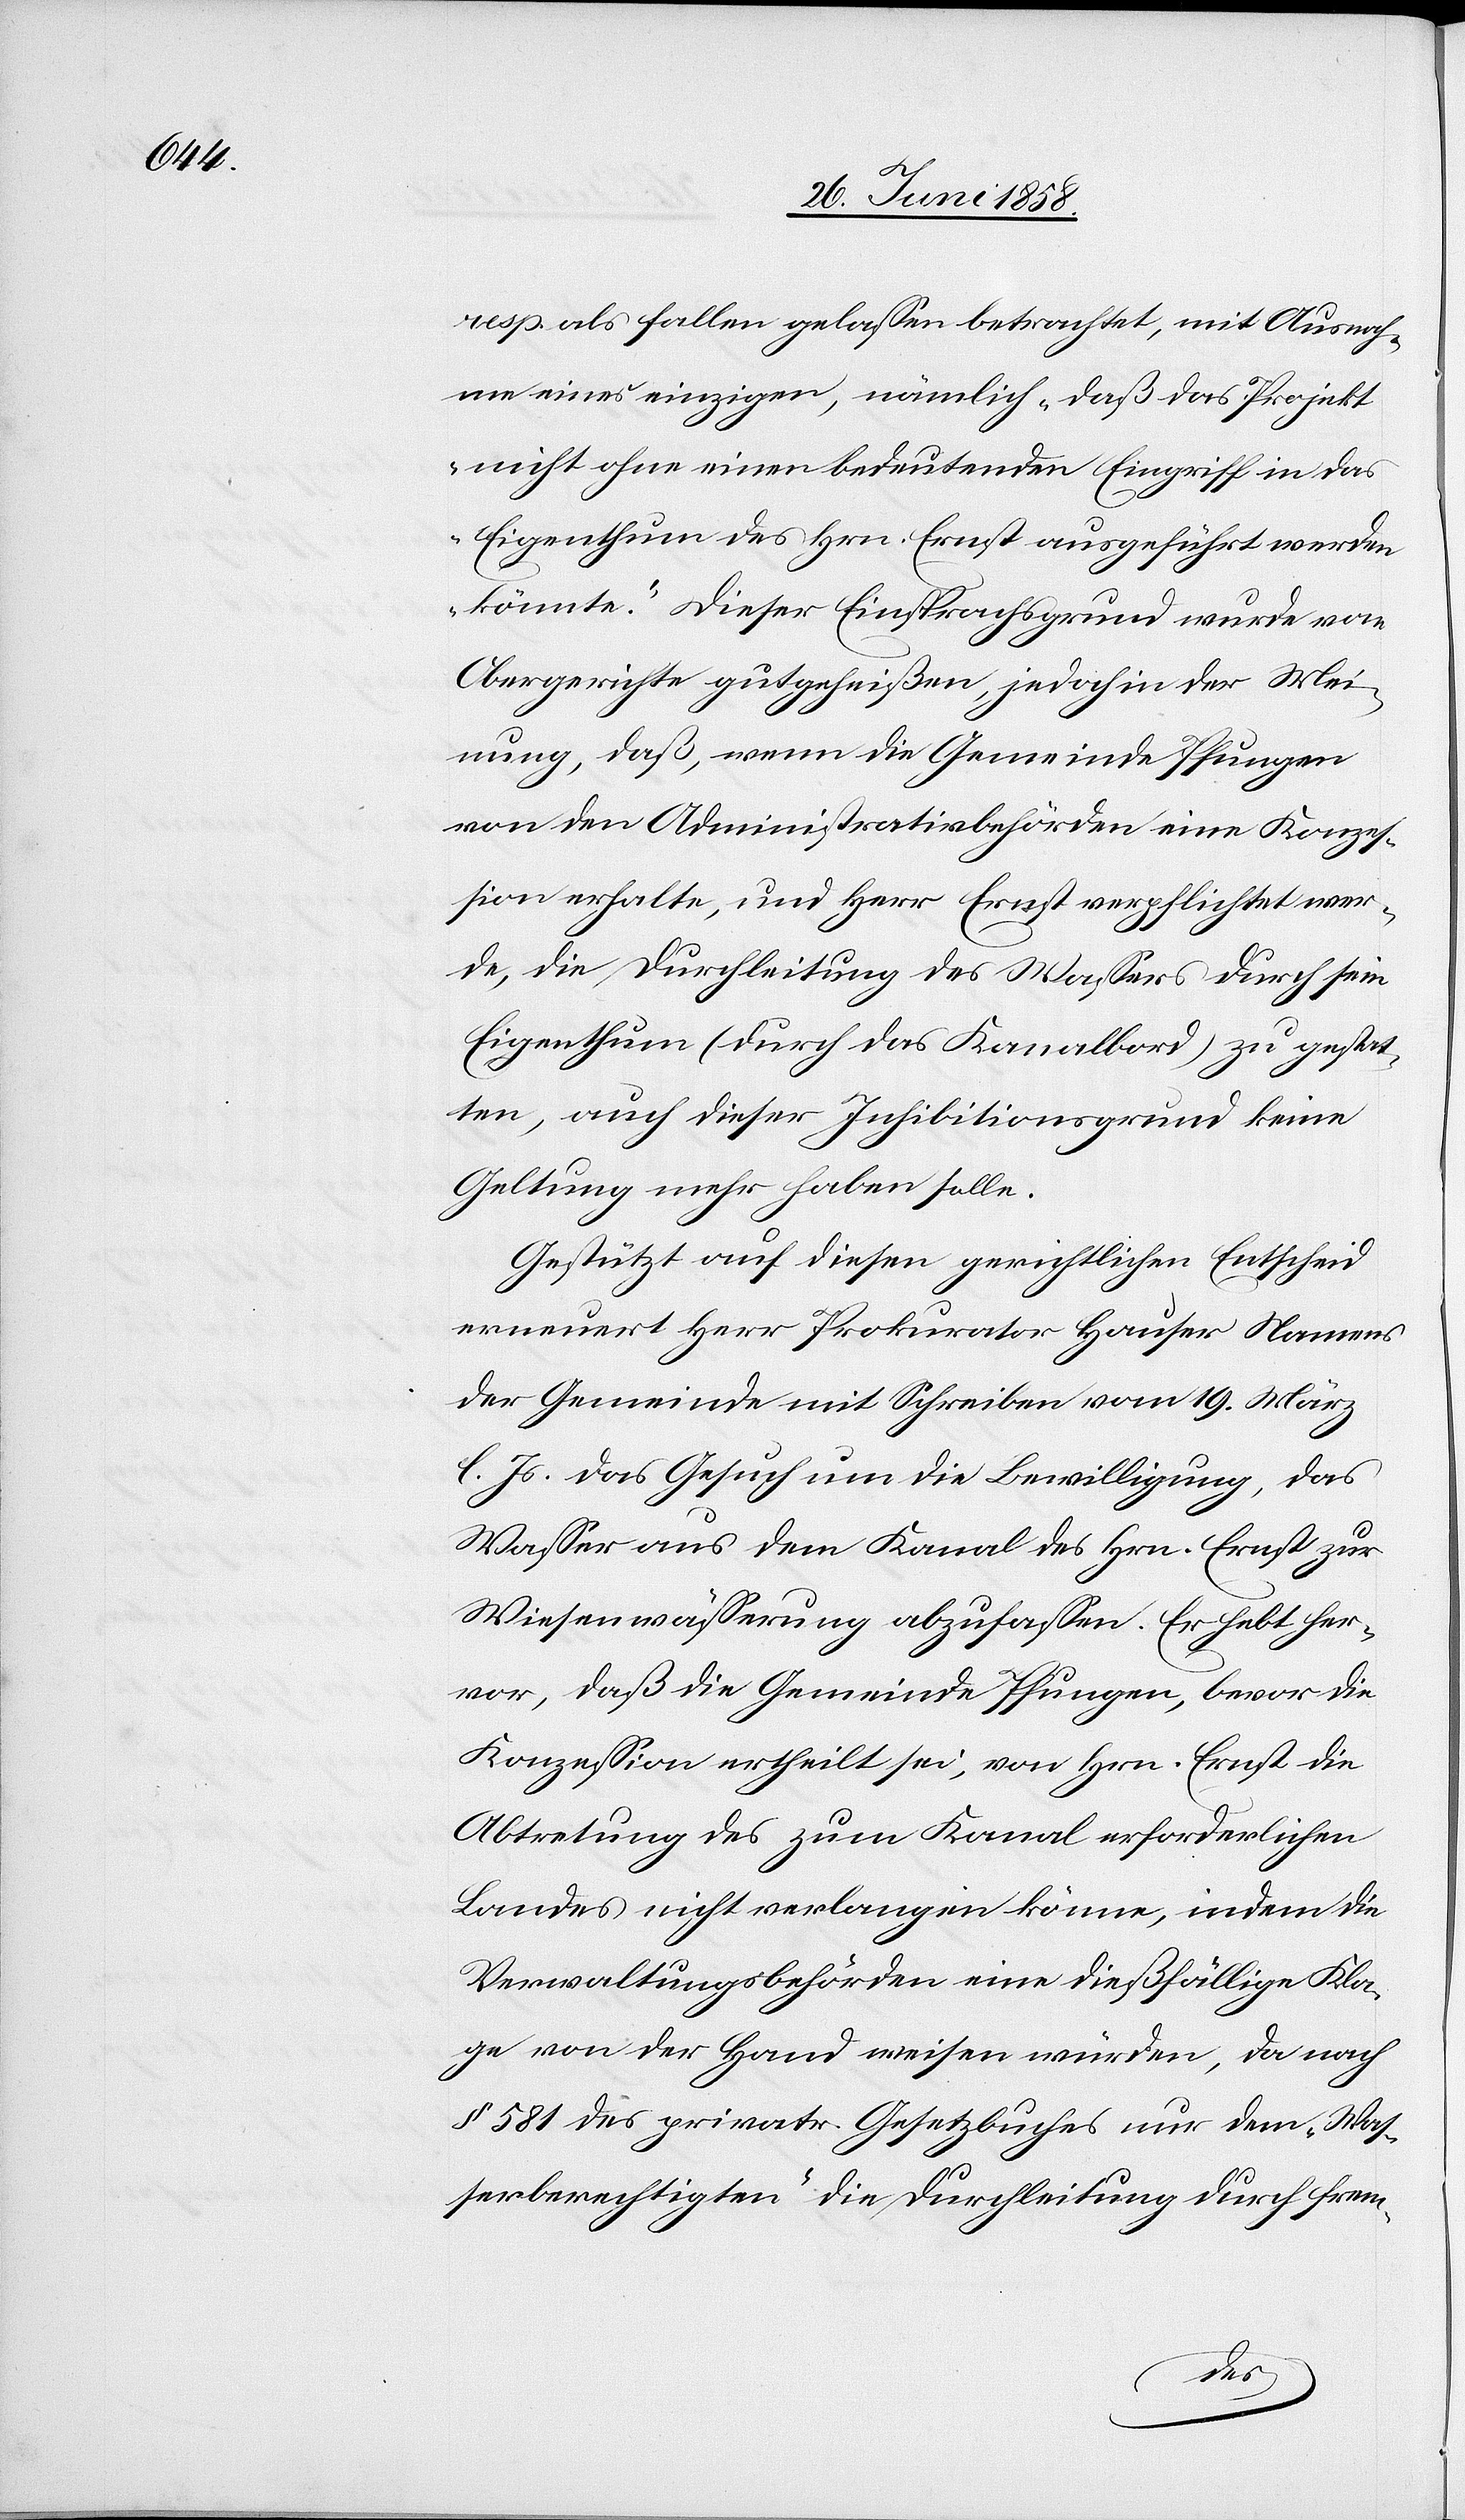
resp. als fallen gelassen betrachtet, mit Ausnah¬
me eines einzigen, nämlich „daß das Projekt
nicht ohne einen bedeutenden Eingriff in das
Eigenthum des Hrn. Ernst ausgeführt werden
könnte.“ Dieser Einsprachsgrund wurde vom
Obergerichte gutgeheißen, jedoch in der Mei¬
nung, daß, wenn die Gemeinde Pfungen
von den Administrativbehörden eine Konzes¬
sion erhalte, und Herr Ernst verpflichtet wer¬
de, die Durchleitung des Wassers durch sein
Eigenthum (durch das Kanalbord) zu gestat¬
ten, auch dieser Inhibitionsgrund keine
Geltung mehr haben solle.
Gestützt auf diesen gerichtlichen Entscheid
erneuert Herr Prokurator Hauser Namens
der Gemeinde mit Schreiben vom 19. März
l. Js. das Gesuch um die Bewilligung, das
Wasser aus dem Kanal des Hrn. Ernst zur
Wiesenwässerung abzufassen. Er hebt her¬
vor, daß die Gemeinde Pfungen, bevor die
Konzession ertheilt sei, von Hrn. Ernst die
Abtretung des zum Kanal erforderlichen
Landes nicht verlangen könne, indem die
Verwaltungsbehörden eine dießfällige Kla¬
ge von der Hand weisen würden, da nach
§ 581 des privatr. Gesetzbuches nur dem „Was¬
serberechtigten“ die Durchleitung durch frem-